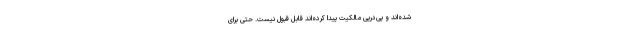
شده‌اند و پی‌درپی‌ مالکیت پیدا کرد‌ه‌اند قابل قبول نیست. حتی برای